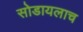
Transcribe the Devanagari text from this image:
सोडायलाच